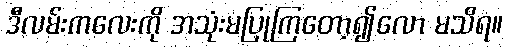
ဒီလမ်းကလေးကို အသုံးမပြုကြတော့၍လော မသိရ။